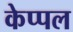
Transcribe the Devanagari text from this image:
केप्पल